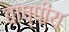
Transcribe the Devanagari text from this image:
बाष्पीय